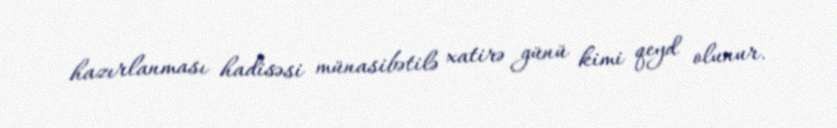
hazırlanması hadisəsi münasibətilə xatirə günü kimi qeyd olunur.